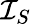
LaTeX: {\mathcal{I}}_{S}